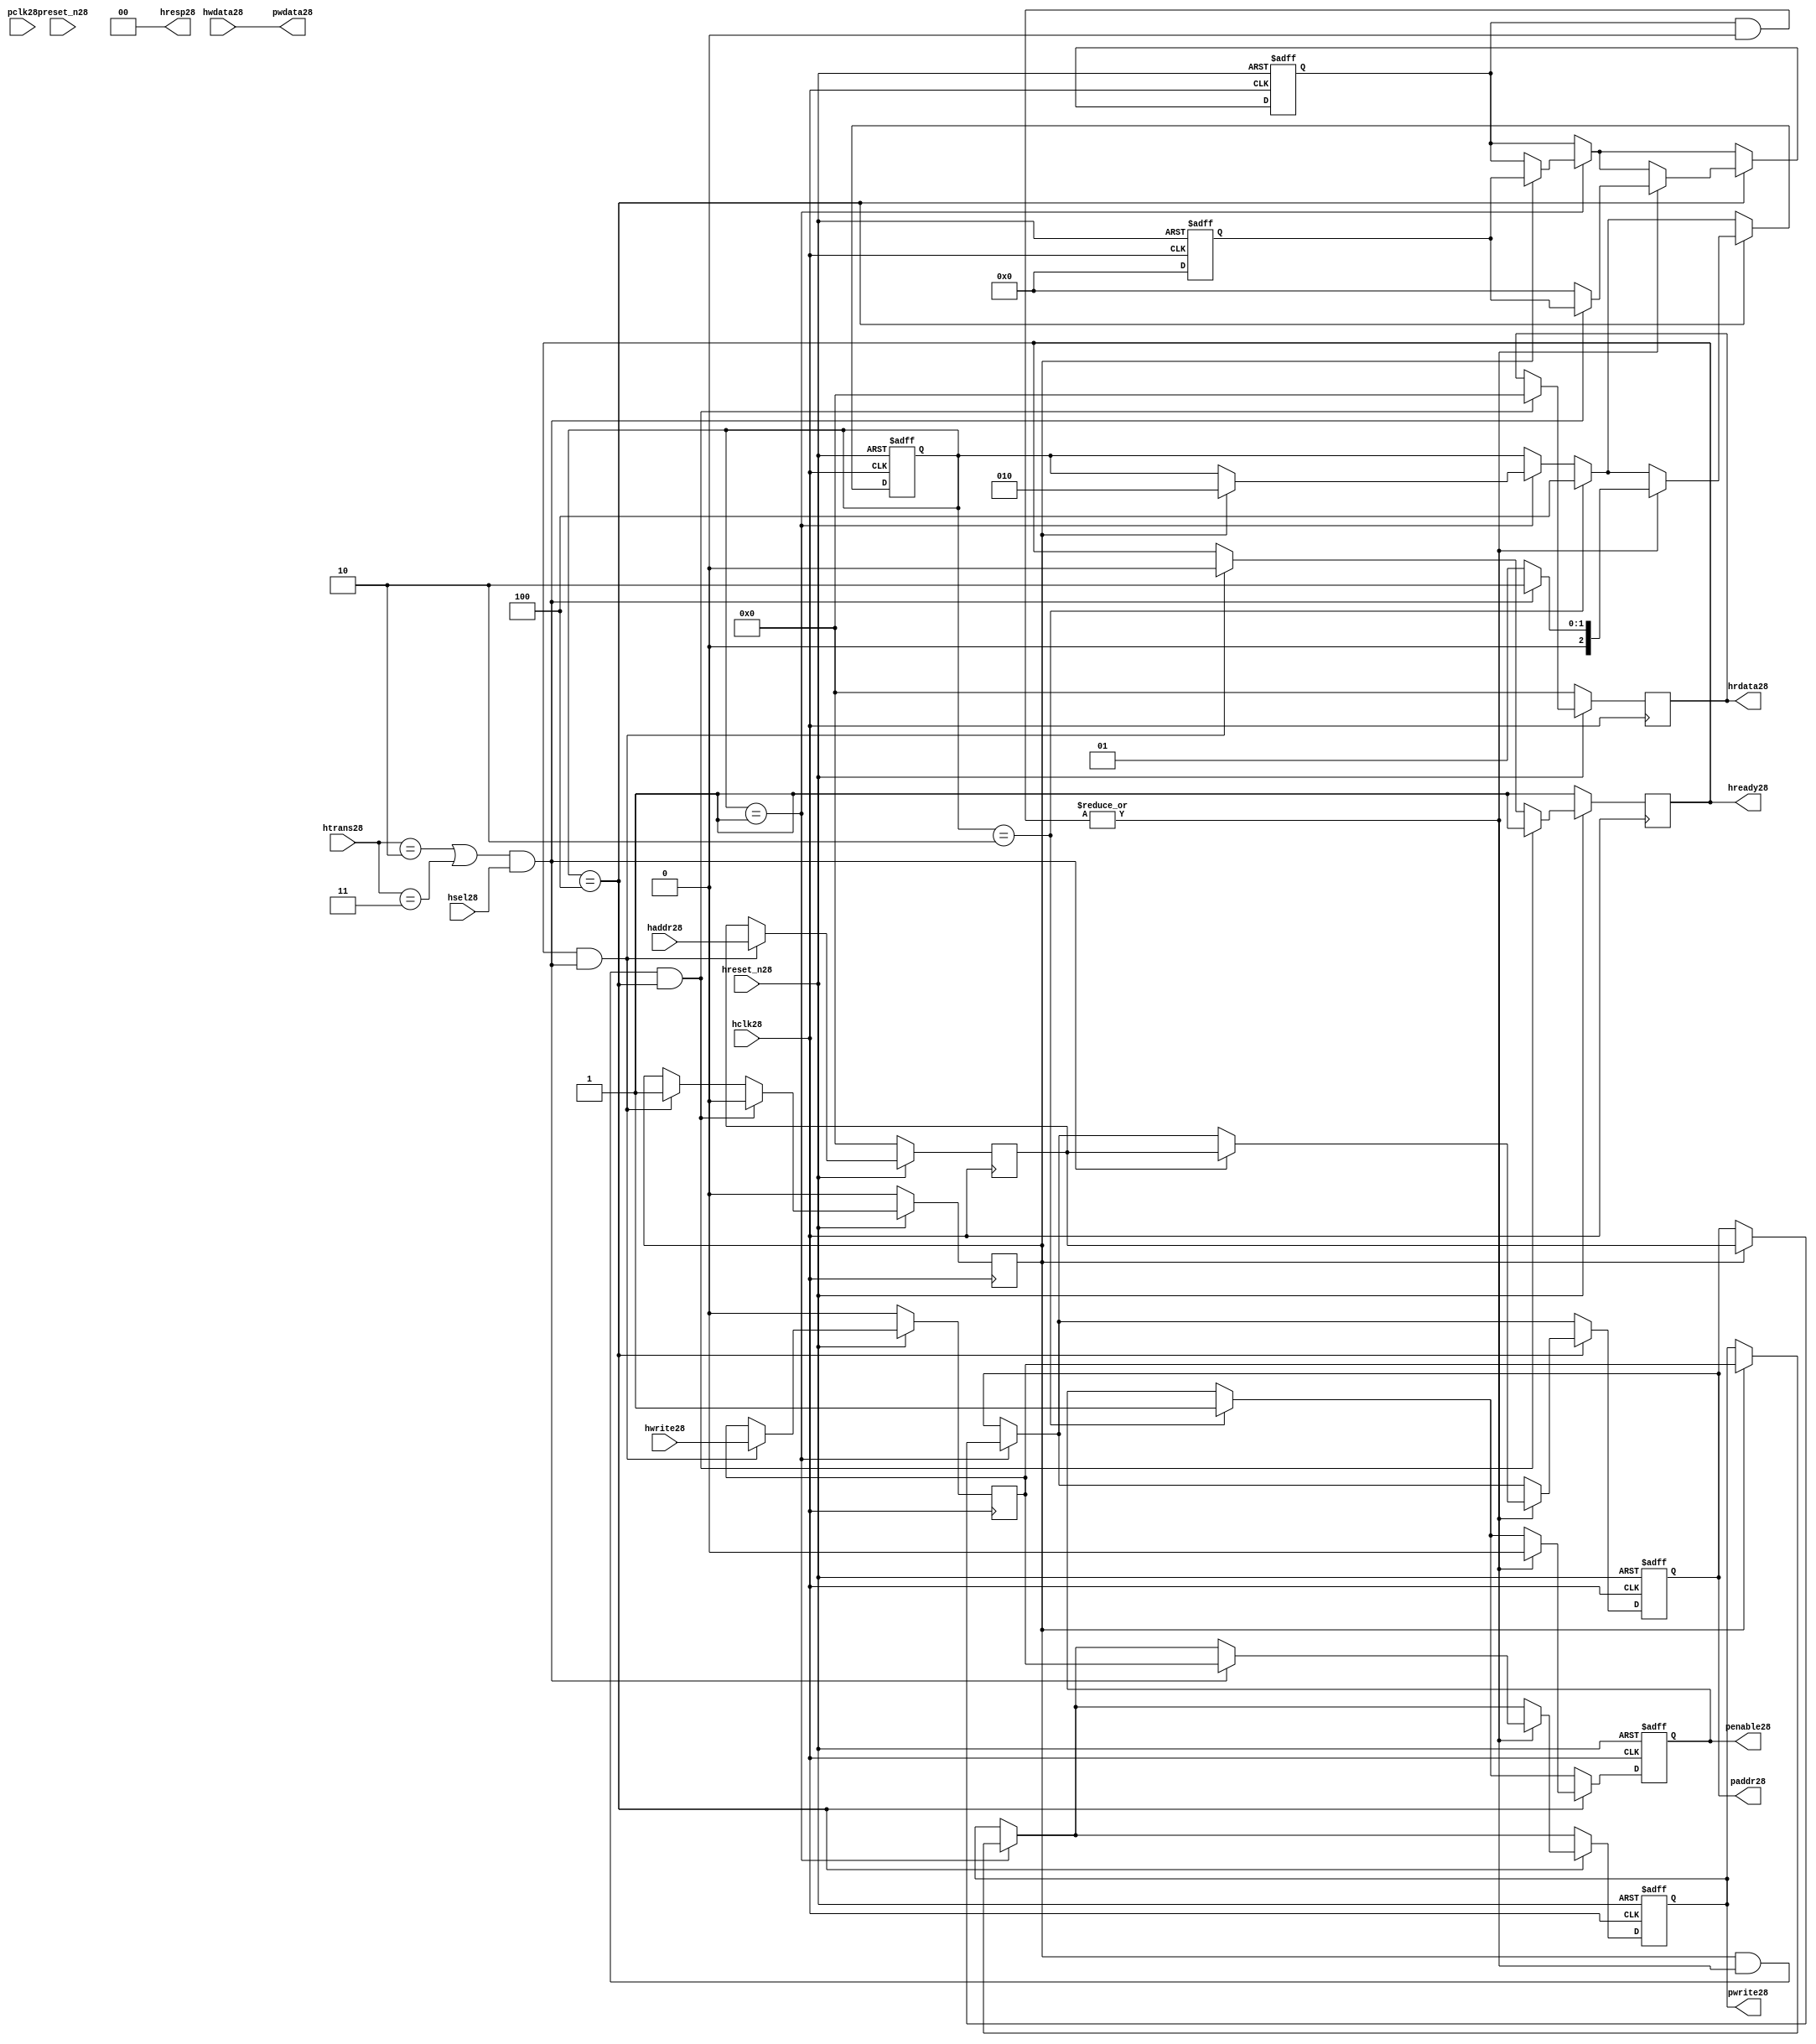
module ahb2apb28
(
  // AHB28 signals28
  hclk28,
  hreset_n28,
  hsel28,
  haddr28,
  htrans28,
  hwdata28,
  hwrite28,
  hrdata28,
  hready28,
  hresp28,
  
  // APB28 signals28 common to all APB28 slaves28
  pclk28,
  preset_n28,
  paddr28,
  penable28,
  pwrite28,
  pwdata28
  
  // Slave28 0 signals28
  `ifdef APB_SLAVE028
  ,psel028
  ,pready028
  ,prdata028
  `endif
  
  // Slave28 1 signals28
  `ifdef APB_SLAVE128
  ,psel128
  ,pready128
  ,prdata128
  `endif
  
  // Slave28 2 signals28
  `ifdef APB_SLAVE228
  ,psel228
  ,pready228
  ,prdata228
  `endif
  
  // Slave28 3 signals28
  `ifdef APB_SLAVE328
  ,psel328
  ,pready328
  ,prdata328
  `endif
  
  // Slave28 4 signals28
  `ifdef APB_SLAVE428
  ,psel428
  ,pready428
  ,prdata428
  `endif
  
  // Slave28 5 signals28
  `ifdef APB_SLAVE528
  ,psel528
  ,pready528
  ,prdata528
  `endif
  
  // Slave28 6 signals28
  `ifdef APB_SLAVE628
  ,psel628
  ,pready628
  ,prdata628
  `endif
  
  // Slave28 7 signals28
  `ifdef APB_SLAVE728
  ,psel728
  ,pready728
  ,prdata728
  `endif
  
  // Slave28 8 signals28
  `ifdef APB_SLAVE828
  ,psel828
  ,pready828
  ,prdata828
  `endif
  
  // Slave28 9 signals28
  `ifdef APB_SLAVE928
  ,psel928
  ,pready928
  ,prdata928
  `endif
  
  // Slave28 10 signals28
  `ifdef APB_SLAVE1028
  ,psel1028
  ,pready1028
  ,prdata1028
  `endif
  
  // Slave28 11 signals28
  `ifdef APB_SLAVE1128
  ,psel1128
  ,pready1128
  ,prdata1128
  `endif
  
  // Slave28 12 signals28
  `ifdef APB_SLAVE1228
  ,psel1228
  ,pready1228
  ,prdata1228
  `endif
  
  // Slave28 13 signals28
  `ifdef APB_SLAVE1328
  ,psel1328
  ,pready1328
  ,prdata1328
  `endif
  
  // Slave28 14 signals28
  `ifdef APB_SLAVE1428
  ,psel1428
  ,pready1428
  ,prdata1428
  `endif
  
  // Slave28 15 signals28
  `ifdef APB_SLAVE1528
  ,psel1528
  ,pready1528
  ,prdata1528
  `endif
  
);

parameter 
  APB_SLAVE0_START_ADDR28  = 32'h00000000,
  APB_SLAVE0_END_ADDR28    = 32'h00000000,
  APB_SLAVE1_START_ADDR28  = 32'h00000000,
  APB_SLAVE1_END_ADDR28    = 32'h00000000,
  APB_SLAVE2_START_ADDR28  = 32'h00000000,
  APB_SLAVE2_END_ADDR28    = 32'h00000000,
  APB_SLAVE3_START_ADDR28  = 32'h00000000,
  APB_SLAVE3_END_ADDR28    = 32'h00000000,
  APB_SLAVE4_START_ADDR28  = 32'h00000000,
  APB_SLAVE4_END_ADDR28    = 32'h00000000,
  APB_SLAVE5_START_ADDR28  = 32'h00000000,
  APB_SLAVE5_END_ADDR28    = 32'h00000000,
  APB_SLAVE6_START_ADDR28  = 32'h00000000,
  APB_SLAVE6_END_ADDR28    = 32'h00000000,
  APB_SLAVE7_START_ADDR28  = 32'h00000000,
  APB_SLAVE7_END_ADDR28    = 32'h00000000,
  APB_SLAVE8_START_ADDR28  = 32'h00000000,
  APB_SLAVE8_END_ADDR28    = 32'h00000000,
  APB_SLAVE9_START_ADDR28  = 32'h00000000,
  APB_SLAVE9_END_ADDR28    = 32'h00000000,
  APB_SLAVE10_START_ADDR28  = 32'h00000000,
  APB_SLAVE10_END_ADDR28    = 32'h00000000,
  APB_SLAVE11_START_ADDR28  = 32'h00000000,
  APB_SLAVE11_END_ADDR28    = 32'h00000000,
  APB_SLAVE12_START_ADDR28  = 32'h00000000,
  APB_SLAVE12_END_ADDR28    = 32'h00000000,
  APB_SLAVE13_START_ADDR28  = 32'h00000000,
  APB_SLAVE13_END_ADDR28    = 32'h00000000,
  APB_SLAVE14_START_ADDR28  = 32'h00000000,
  APB_SLAVE14_END_ADDR28    = 32'h00000000,
  APB_SLAVE15_START_ADDR28  = 32'h00000000,
  APB_SLAVE15_END_ADDR28    = 32'h00000000;

  // AHB28 signals28
input        hclk28;
input        hreset_n28;
input        hsel28;
input[31:0]  haddr28;
input[1:0]   htrans28;
input[31:0]  hwdata28;
input        hwrite28;
output[31:0] hrdata28;
reg   [31:0] hrdata28;
output       hready28;
output[1:0]  hresp28;
  
  // APB28 signals28 common to all APB28 slaves28
input       pclk28;
input       preset_n28;
output[31:0] paddr28;
reg   [31:0] paddr28;
output       penable28;
reg          penable28;
output       pwrite28;
reg          pwrite28;
output[31:0] pwdata28;
  
  // Slave28 0 signals28
`ifdef APB_SLAVE028
  output      psel028;
  input       pready028;
  input[31:0] prdata028;
`endif
  
  // Slave28 1 signals28
`ifdef APB_SLAVE128
  output      psel128;
  input       pready128;
  input[31:0] prdata128;
`endif
  
  // Slave28 2 signals28
`ifdef APB_SLAVE228
  output      psel228;
  input       pready228;
  input[31:0] prdata228;
`endif
  
  // Slave28 3 signals28
`ifdef APB_SLAVE328
  output      psel328;
  input       pready328;
  input[31:0] prdata328;
`endif
  
  // Slave28 4 signals28
`ifdef APB_SLAVE428
  output      psel428;
  input       pready428;
  input[31:0] prdata428;
`endif
  
  // Slave28 5 signals28
`ifdef APB_SLAVE528
  output      psel528;
  input       pready528;
  input[31:0] prdata528;
`endif
  
  // Slave28 6 signals28
`ifdef APB_SLAVE628
  output      psel628;
  input       pready628;
  input[31:0] prdata628;
`endif
  
  // Slave28 7 signals28
`ifdef APB_SLAVE728
  output      psel728;
  input       pready728;
  input[31:0] prdata728;
`endif
  
  // Slave28 8 signals28
`ifdef APB_SLAVE828
  output      psel828;
  input       pready828;
  input[31:0] prdata828;
`endif
  
  // Slave28 9 signals28
`ifdef APB_SLAVE928
  output      psel928;
  input       pready928;
  input[31:0] prdata928;
`endif
  
  // Slave28 10 signals28
`ifdef APB_SLAVE1028
  output      psel1028;
  input       pready1028;
  input[31:0] prdata1028;
`endif
  
  // Slave28 11 signals28
`ifdef APB_SLAVE1128
  output      psel1128;
  input       pready1128;
  input[31:0] prdata1128;
`endif
  
  // Slave28 12 signals28
`ifdef APB_SLAVE1228
  output      psel1228;
  input       pready1228;
  input[31:0] prdata1228;
`endif
  
  // Slave28 13 signals28
`ifdef APB_SLAVE1328
  output      psel1328;
  input       pready1328;
  input[31:0] prdata1328;
`endif
  
  // Slave28 14 signals28
`ifdef APB_SLAVE1428
  output      psel1428;
  input       pready1428;
  input[31:0] prdata1428;
`endif
  
  // Slave28 15 signals28
`ifdef APB_SLAVE1528
  output      psel1528;
  input       pready1528;
  input[31:0] prdata1528;
`endif
 
reg         ahb_addr_phase28;
reg         ahb_data_phase28;
wire        valid_ahb_trans28;
wire        pready_muxed28;
wire [31:0] prdata_muxed28;
reg  [31:0] haddr_reg28;
reg         hwrite_reg28;
reg  [2:0]  apb_state28;
wire [2:0]  apb_state_idle28;
wire [2:0]  apb_state_setup28;
wire [2:0]  apb_state_access28;
reg  [15:0] slave_select28;
wire [15:0] pready_vector28;
reg  [15:0] psel_vector28;
wire [31:0] prdata0_q28;
wire [31:0] prdata1_q28;
wire [31:0] prdata2_q28;
wire [31:0] prdata3_q28;
wire [31:0] prdata4_q28;
wire [31:0] prdata5_q28;
wire [31:0] prdata6_q28;
wire [31:0] prdata7_q28;
wire [31:0] prdata8_q28;
wire [31:0] prdata9_q28;
wire [31:0] prdata10_q28;
wire [31:0] prdata11_q28;
wire [31:0] prdata12_q28;
wire [31:0] prdata13_q28;
wire [31:0] prdata14_q28;
wire [31:0] prdata15_q28;

// assign pclk28     = hclk28;
// assign preset_n28 = hreset_n28;
assign hready28   = ahb_addr_phase28;
assign pwdata28   = hwdata28;
assign hresp28  = 2'b00;

// Respond28 to NONSEQ28 or SEQ transfers28
assign valid_ahb_trans28 = ((htrans28 == 2'b10) || (htrans28 == 2'b11)) && (hsel28 == 1'b1);

always @(posedge hclk28) begin
  if (hreset_n28 == 1'b0) begin
    ahb_addr_phase28 <= 1'b1;
    ahb_data_phase28 <= 1'b0;
    haddr_reg28      <= 'b0;
    hwrite_reg28     <= 1'b0;
    hrdata28         <= 'b0;
  end
  else begin
    if (ahb_addr_phase28 == 1'b1 && valid_ahb_trans28 == 1'b1) begin
      ahb_addr_phase28 <= 1'b0;
      ahb_data_phase28 <= 1'b1;
      haddr_reg28      <= haddr28;
      hwrite_reg28     <= hwrite28;
    end
    if (ahb_data_phase28 == 1'b1 && pready_muxed28 == 1'b1 && apb_state28 == apb_state_access28) begin
      ahb_addr_phase28 <= 1'b1;
      ahb_data_phase28 <= 1'b0;
      hrdata28         <= prdata_muxed28;
    end
  end
end

// APB28 state machine28 state definitions28
assign apb_state_idle28   = 3'b001;
assign apb_state_setup28  = 3'b010;
assign apb_state_access28 = 3'b100;

// APB28 state machine28
always @(posedge hclk28 or negedge hreset_n28) begin
  if (hreset_n28 == 1'b0) begin
    apb_state28   <= apb_state_idle28;
    psel_vector28 <= 1'b0;
    penable28     <= 1'b0;
    paddr28       <= 1'b0;
    pwrite28      <= 1'b0;
  end  
  else begin
    
    // IDLE28 -> SETUP28
    if (apb_state28 == apb_state_idle28) begin
      if (ahb_data_phase28 == 1'b1) begin
        apb_state28   <= apb_state_setup28;
        psel_vector28 <= slave_select28;
        paddr28       <= haddr_reg28;
        pwrite28      <= hwrite_reg28;
      end  
    end
    
    // SETUP28 -> TRANSFER28
    if (apb_state28 == apb_state_setup28) begin
      apb_state28 <= apb_state_access28;
      penable28   <= 1'b1;
    end
    
    // TRANSFER28 -> SETUP28 or
    // TRANSFER28 -> IDLE28
    if (apb_state28 == apb_state_access28) begin
      if (pready_muxed28 == 1'b1) begin
      
        // TRANSFER28 -> SETUP28
        if (valid_ahb_trans28 == 1'b1) begin
          apb_state28   <= apb_state_setup28;
          penable28     <= 1'b0;
          psel_vector28 <= slave_select28;
          paddr28       <= haddr_reg28;
          pwrite28      <= hwrite_reg28;
        end  
        
        // TRANSFER28 -> IDLE28
        else begin
          apb_state28   <= apb_state_idle28;      
          penable28     <= 1'b0;
          psel_vector28 <= 'b0;
        end  
      end
    end
    
  end
end

always @(posedge hclk28 or negedge hreset_n28) begin
  if (hreset_n28 == 1'b0)
    slave_select28 <= 'b0;
  else begin  
  `ifdef APB_SLAVE028
     slave_select28[0]   <= valid_ahb_trans28 && (haddr28 >= APB_SLAVE0_START_ADDR28)  && (haddr28 <= APB_SLAVE0_END_ADDR28);
   `else
     slave_select28[0]   <= 1'b0;
   `endif
   
   `ifdef APB_SLAVE128
     slave_select28[1]   <= valid_ahb_trans28 && (haddr28 >= APB_SLAVE1_START_ADDR28)  && (haddr28 <= APB_SLAVE1_END_ADDR28);
   `else
     slave_select28[1]   <= 1'b0;
   `endif  
     
   `ifdef APB_SLAVE228  
     slave_select28[2]   <= valid_ahb_trans28 && (haddr28 >= APB_SLAVE2_START_ADDR28)  && (haddr28 <= APB_SLAVE2_END_ADDR28);
   `else
     slave_select28[2]   <= 1'b0;
   `endif  
     
   `ifdef APB_SLAVE328  
     slave_select28[3]   <= valid_ahb_trans28 && (haddr28 >= APB_SLAVE3_START_ADDR28)  && (haddr28 <= APB_SLAVE3_END_ADDR28);
   `else
     slave_select28[3]   <= 1'b0;
   `endif  
     
   `ifdef APB_SLAVE428  
     slave_select28[4]   <= valid_ahb_trans28 && (haddr28 >= APB_SLAVE4_START_ADDR28)  && (haddr28 <= APB_SLAVE4_END_ADDR28);
   `else
     slave_select28[4]   <= 1'b0;
   `endif  
     
   `ifdef APB_SLAVE528  
     slave_select28[5]   <= valid_ahb_trans28 && (haddr28 >= APB_SLAVE5_START_ADDR28)  && (haddr28 <= APB_SLAVE5_END_ADDR28);
   `else
     slave_select28[5]   <= 1'b0;
   `endif  
     
   `ifdef APB_SLAVE628  
     slave_select28[6]   <= valid_ahb_trans28 && (haddr28 >= APB_SLAVE6_START_ADDR28)  && (haddr28 <= APB_SLAVE6_END_ADDR28);
   `else
     slave_select28[6]   <= 1'b0;
   `endif  
     
   `ifdef APB_SLAVE728  
     slave_select28[7]   <= valid_ahb_trans28 && (haddr28 >= APB_SLAVE7_START_ADDR28)  && (haddr28 <= APB_SLAVE7_END_ADDR28);
   `else
     slave_select28[7]   <= 1'b0;
   `endif  
     
   `ifdef APB_SLAVE828  
     slave_select28[8]   <= valid_ahb_trans28 && (haddr28 >= APB_SLAVE8_START_ADDR28)  && (haddr28 <= APB_SLAVE8_END_ADDR28);
   `else
     slave_select28[8]   <= 1'b0;
   `endif  
     
   `ifdef APB_SLAVE928  
     slave_select28[9]   <= valid_ahb_trans28 && (haddr28 >= APB_SLAVE9_START_ADDR28)  && (haddr28 <= APB_SLAVE9_END_ADDR28);
   `else
     slave_select28[9]   <= 1'b0;
   `endif  
     
   `ifdef APB_SLAVE1028  
     slave_select28[10]  <= valid_ahb_trans28 && (haddr28 >= APB_SLAVE10_START_ADDR28) && (haddr28 <= APB_SLAVE10_END_ADDR28);
   `else
     slave_select28[10]   <= 1'b0;
   `endif  
     
   `ifdef APB_SLAVE1128  
     slave_select28[11]  <= valid_ahb_trans28 && (haddr28 >= APB_SLAVE11_START_ADDR28) && (haddr28 <= APB_SLAVE11_END_ADDR28);
   `else
     slave_select28[11]   <= 1'b0;
   `endif  
     
   `ifdef APB_SLAVE1228  
     slave_select28[12]  <= valid_ahb_trans28 && (haddr28 >= APB_SLAVE12_START_ADDR28) && (haddr28 <= APB_SLAVE12_END_ADDR28);
   `else
     slave_select28[12]   <= 1'b0;
   `endif  
     
   `ifdef APB_SLAVE1328  
     slave_select28[13]  <= valid_ahb_trans28 && (haddr28 >= APB_SLAVE13_START_ADDR28) && (haddr28 <= APB_SLAVE13_END_ADDR28);
   `else
     slave_select28[13]   <= 1'b0;
   `endif  
     
   `ifdef APB_SLAVE1428  
     slave_select28[14]  <= valid_ahb_trans28 && (haddr28 >= APB_SLAVE14_START_ADDR28) && (haddr28 <= APB_SLAVE14_END_ADDR28);
   `else
     slave_select28[14]   <= 1'b0;
   `endif  
     
   `ifdef APB_SLAVE1528  
     slave_select28[15]  <= valid_ahb_trans28 && (haddr28 >= APB_SLAVE15_START_ADDR28) && (haddr28 <= APB_SLAVE15_END_ADDR28);
   `else
     slave_select28[15]   <= 1'b0;
   `endif  
  end
end

assign pready_muxed28 = |(psel_vector28 & pready_vector28);
assign prdata_muxed28 = prdata0_q28  | prdata1_q28  | prdata2_q28  | prdata3_q28  |
                      prdata4_q28  | prdata5_q28  | prdata6_q28  | prdata7_q28  |
                      prdata8_q28  | prdata9_q28  | prdata10_q28 | prdata11_q28 |
                      prdata12_q28 | prdata13_q28 | prdata14_q28 | prdata15_q28 ;

`ifdef APB_SLAVE028
  assign psel028            = psel_vector28[0];
  assign pready_vector28[0] = pready028;
  assign prdata0_q28        = (psel028 == 1'b1) ? prdata028 : 'b0;
`else
  assign pready_vector28[0] = 1'b0;
  assign prdata0_q28        = 'b0;
`endif

`ifdef APB_SLAVE128
  assign psel128            = psel_vector28[1];
  assign pready_vector28[1] = pready128;
  assign prdata1_q28        = (psel128 == 1'b1) ? prdata128 : 'b0;
`else
  assign pready_vector28[1] = 1'b0;
  assign prdata1_q28        = 'b0;
`endif

`ifdef APB_SLAVE228
  assign psel228            = psel_vector28[2];
  assign pready_vector28[2] = pready228;
  assign prdata2_q28        = (psel228 == 1'b1) ? prdata228 : 'b0;
`else
  assign pready_vector28[2] = 1'b0;
  assign prdata2_q28        = 'b0;
`endif

`ifdef APB_SLAVE328
  assign psel328            = psel_vector28[3];
  assign pready_vector28[3] = pready328;
  assign prdata3_q28        = (psel328 == 1'b1) ? prdata328 : 'b0;
`else
  assign pready_vector28[3] = 1'b0;
  assign prdata3_q28        = 'b0;
`endif

`ifdef APB_SLAVE428
  assign psel428            = psel_vector28[4];
  assign pready_vector28[4] = pready428;
  assign prdata4_q28        = (psel428 == 1'b1) ? prdata428 : 'b0;
`else
  assign pready_vector28[4] = 1'b0;
  assign prdata4_q28        = 'b0;
`endif

`ifdef APB_SLAVE528
  assign psel528            = psel_vector28[5];
  assign pready_vector28[5] = pready528;
  assign prdata5_q28        = (psel528 == 1'b1) ? prdata528 : 'b0;
`else
  assign pready_vector28[5] = 1'b0;
  assign prdata5_q28        = 'b0;
`endif

`ifdef APB_SLAVE628
  assign psel628            = psel_vector28[6];
  assign pready_vector28[6] = pready628;
  assign prdata6_q28        = (psel628 == 1'b1) ? prdata628 : 'b0;
`else
  assign pready_vector28[6] = 1'b0;
  assign prdata6_q28        = 'b0;
`endif

`ifdef APB_SLAVE728
  assign psel728            = psel_vector28[7];
  assign pready_vector28[7] = pready728;
  assign prdata7_q28        = (psel728 == 1'b1) ? prdata728 : 'b0;
`else
  assign pready_vector28[7] = 1'b0;
  assign prdata7_q28        = 'b0;
`endif

`ifdef APB_SLAVE828
  assign psel828            = psel_vector28[8];
  assign pready_vector28[8] = pready828;
  assign prdata8_q28        = (psel828 == 1'b1) ? prdata828 : 'b0;
`else
  assign pready_vector28[8] = 1'b0;
  assign prdata8_q28        = 'b0;
`endif

`ifdef APB_SLAVE928
  assign psel928            = psel_vector28[9];
  assign pready_vector28[9] = pready928;
  assign prdata9_q28        = (psel928 == 1'b1) ? prdata928 : 'b0;
`else
  assign pready_vector28[9] = 1'b0;
  assign prdata9_q28        = 'b0;
`endif

`ifdef APB_SLAVE1028
  assign psel1028            = psel_vector28[10];
  assign pready_vector28[10] = pready1028;
  assign prdata10_q28        = (psel1028 == 1'b1) ? prdata1028 : 'b0;
`else
  assign pready_vector28[10] = 1'b0;
  assign prdata10_q28        = 'b0;
`endif

`ifdef APB_SLAVE1128
  assign psel1128            = psel_vector28[11];
  assign pready_vector28[11] = pready1128;
  assign prdata11_q28        = (psel1128 == 1'b1) ? prdata1128 : 'b0;
`else
  assign pready_vector28[11] = 1'b0;
  assign prdata11_q28        = 'b0;
`endif

`ifdef APB_SLAVE1228
  assign psel1228            = psel_vector28[12];
  assign pready_vector28[12] = pready1228;
  assign prdata12_q28        = (psel1228 == 1'b1) ? prdata1228 : 'b0;
`else
  assign pready_vector28[12] = 1'b0;
  assign prdata12_q28        = 'b0;
`endif

`ifdef APB_SLAVE1328
  assign psel1328            = psel_vector28[13];
  assign pready_vector28[13] = pready1328;
  assign prdata13_q28        = (psel1328 == 1'b1) ? prdata1328 : 'b0;
`else
  assign pready_vector28[13] = 1'b0;
  assign prdata13_q28        = 'b0;
`endif

`ifdef APB_SLAVE1428
  assign psel1428            = psel_vector28[14];
  assign pready_vector28[14] = pready1428;
  assign prdata14_q28        = (psel1428 == 1'b1) ? prdata1428 : 'b0;
`else
  assign pready_vector28[14] = 1'b0;
  assign prdata14_q28        = 'b0;
`endif

`ifdef APB_SLAVE1528
  assign psel1528            = psel_vector28[15];
  assign pready_vector28[15] = pready1528;
  assign prdata15_q28        = (psel1528 == 1'b1) ? prdata1528 : 'b0;
`else
  assign pready_vector28[15] = 1'b0;
  assign prdata15_q28        = 'b0;
`endif

endmodule